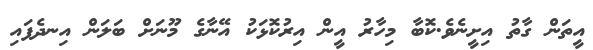
އީތަން ގާތު އިށީނެވެ.ކޮބާ މިހާރު އީން އިރުކޮޅަކު އޭނާގެ މޫނަށް ބަލަން އިނދެފައި